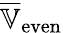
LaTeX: \overline{{\mathbb{V}}}_{\mathrm{even}}